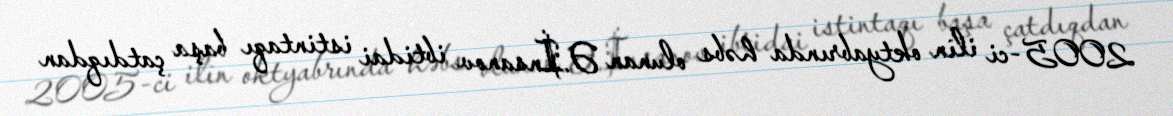
2005-ci ilin oktyabrında həbs olunan Ə.İnsanov ibtidai istintaqı başa çatdıqdan